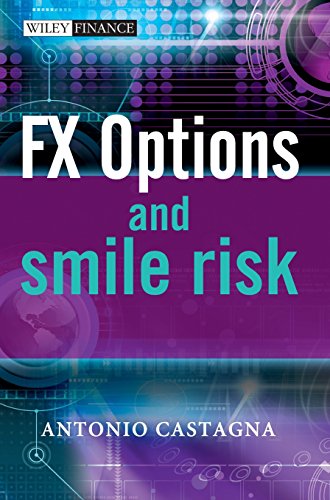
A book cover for FX Options and Smile Risk; Antonio Castagna; Business & Money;